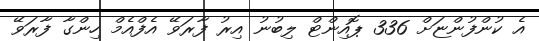
އެ ކުންފުންޏަށް 336 ޕޮއިންޓް ލިބުނު އިރު ފާރަވޭ އެފްއެމް ހިންގާ ފާރަވޭ